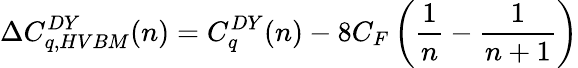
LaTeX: \Delta C_{q,HVBM}^{DY}(n)=C_{q}^{DY}(n)-8C_{F}\left(\frac{1}{n}-\frac{1}{n+1}\right)